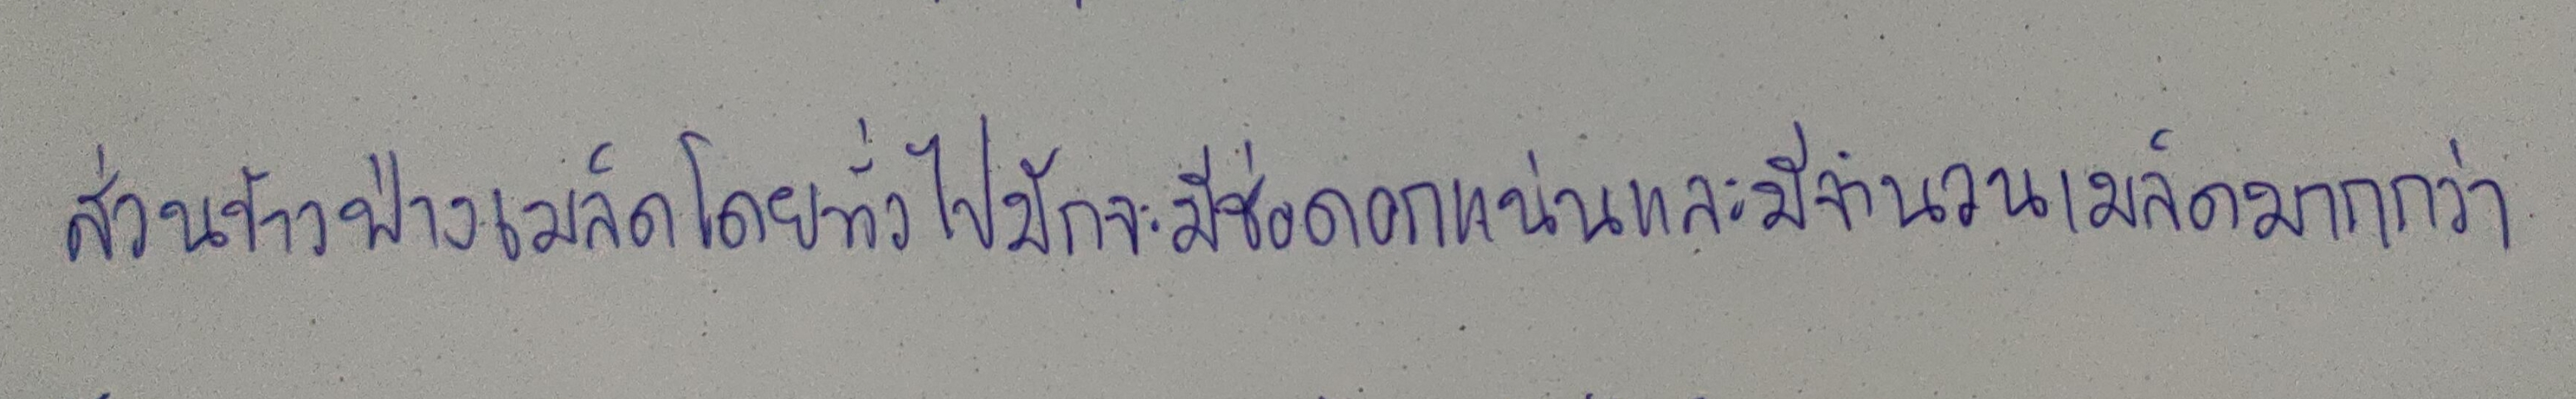
ส่วนข้าวฟ่างเมล็ดโดยทั่วไปมักจะมีช่อดอกแน่นและมีจำนวนเมล็ดมากกว่า